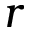
r